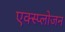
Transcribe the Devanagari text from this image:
एक्स्प्लोजन